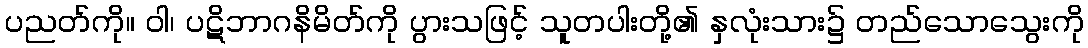
ပညတ်ကို။ ဝါ၊ ပဋိဘာဂနိမိတ်ကို ပွားသဖြင့် သူတပါးတို့၏ နှလုံးသား၌ တည်သောသွေးကို